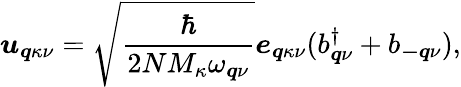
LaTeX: \boldsymbol{u}_{\boldsymbol{q}\kappa\nu}=\sqrt{\frac{\hbar}{2NM_{\kappa}\omega_{\boldsymbol{q}\nu}}}\boldsymbol{e}_{\boldsymbol{q}\kappa\nu}(b_{\boldsymbol{q}\nu}^{\dagger}+b_{\boldsymbol{-q}\nu}),